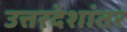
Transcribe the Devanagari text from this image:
उत्तरदेशांतर